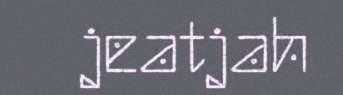
jeatjah